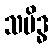
သမိဒ္ဓ